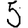
Digit: 5